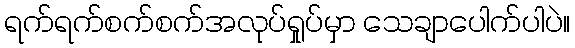
ရက်ရက်စက်စက်အလုပ်ရှုပ်မှာ သေချာပေါက်ပါပဲ။